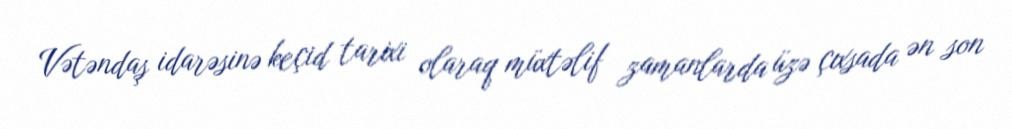
Vətəndaş idarəsinə keçid tarixi olaraq müxtəlif zamanlarda üzə çıxsada ən son